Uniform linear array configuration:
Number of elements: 12
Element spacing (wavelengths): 0.5
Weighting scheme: uniform
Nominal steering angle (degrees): -45
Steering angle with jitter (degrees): -44.123
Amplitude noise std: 0.05
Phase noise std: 0.05

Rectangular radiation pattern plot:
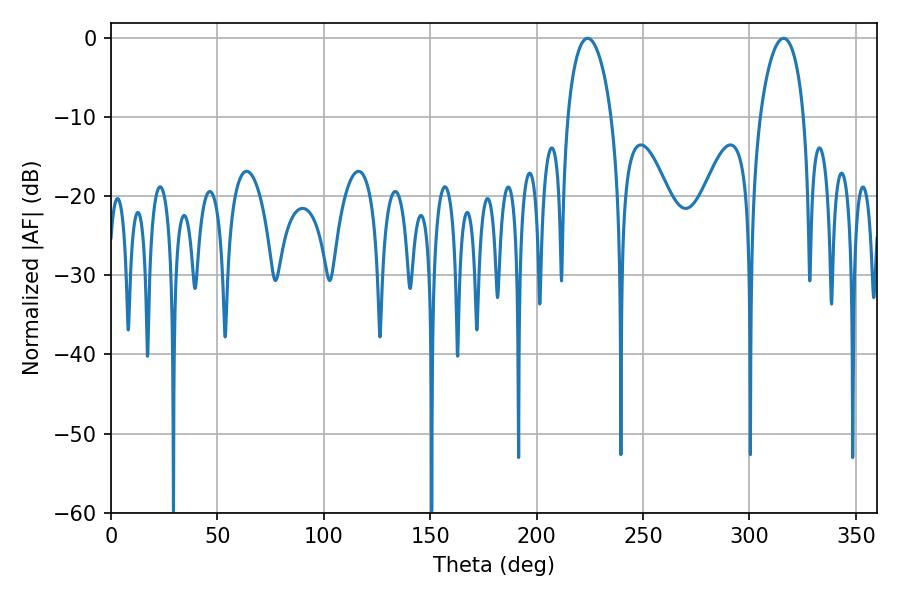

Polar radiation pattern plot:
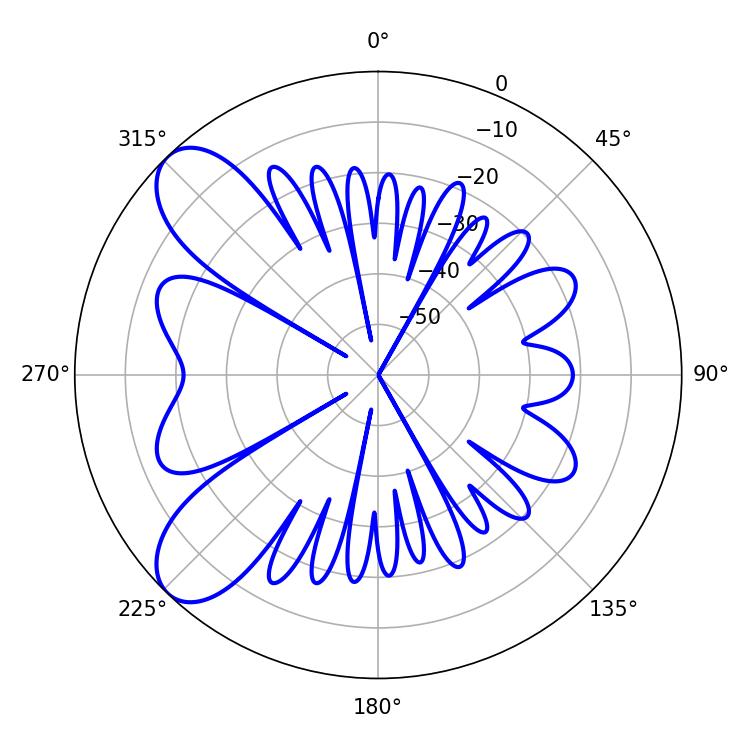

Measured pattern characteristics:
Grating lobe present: FALSE
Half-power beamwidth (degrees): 11.88
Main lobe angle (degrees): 316.08